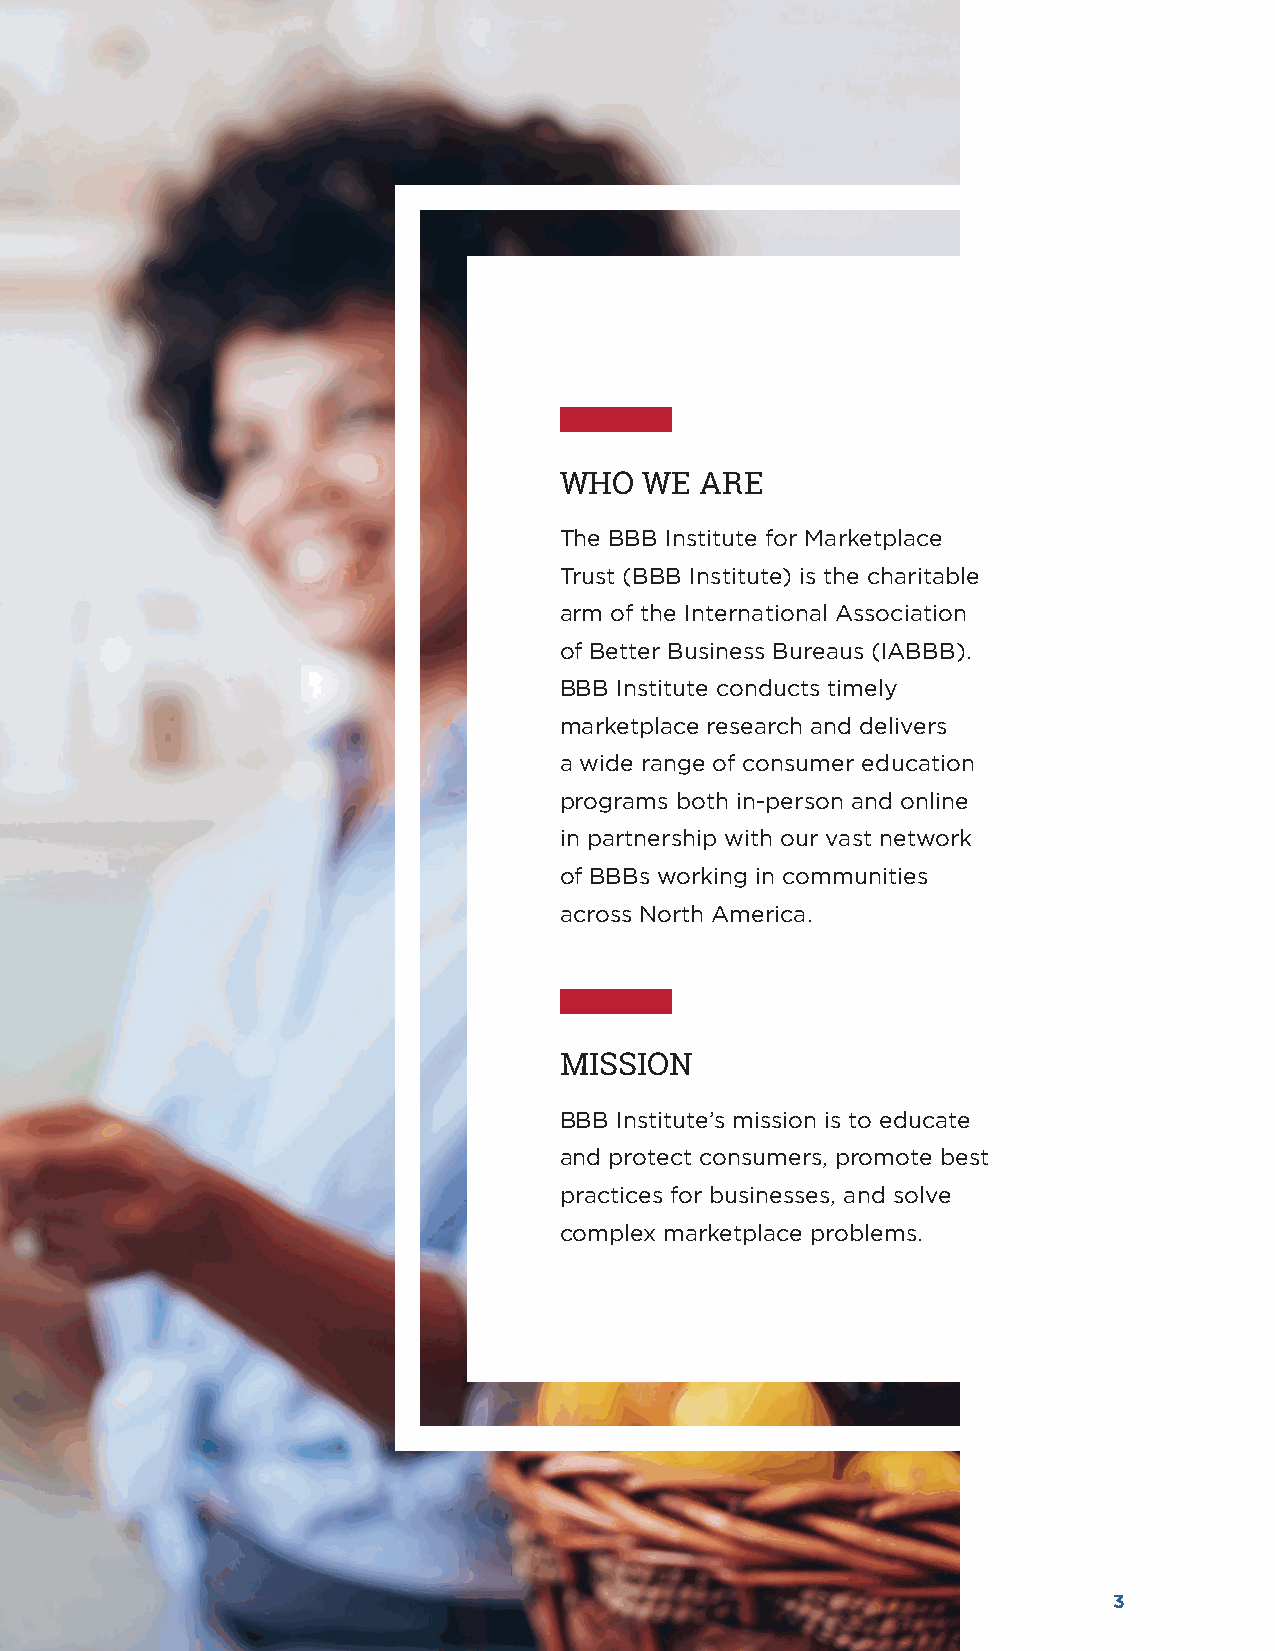
WHO   WE ARE
 The BBB Institute for Marketplace
 Trust (BBB Institute) is the charitable
 arm of the International Association
 of Better Business Bureaus (IABBB).
 BBB Institute conducts timely
 marketplace research and delivers
 a wide range of consumer education
 programs both in-person and online
 in partnership with our vast network
 of BBBs working in communities
 across North America.
 MISSION
 BBB Institute’s mission is to educate
 and protect consumers, promote best
 practices for businesses, and solve
 complex marketplace problems.
 3